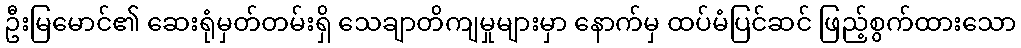
ဦးမြမောင်၏ ဆေးရုံမှတ်တမ်းရှိ သေချာတိကျမှုများမှာ နောက်မှ ထပ်မံပြင်ဆင် ဖြည့်စွက်ထားသော